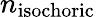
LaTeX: n_{\mathrm{isochoric}}